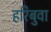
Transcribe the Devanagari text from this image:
हरिबुवा